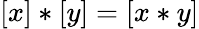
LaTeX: [x]\ast[y]=[x\ast y]